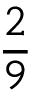
\frac { 2 } { 9 }